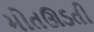
મોતઊડતી